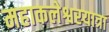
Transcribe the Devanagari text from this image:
महाकलेश्वरयात्रा